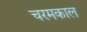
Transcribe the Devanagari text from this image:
चरमकाल